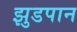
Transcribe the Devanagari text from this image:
झुडपान